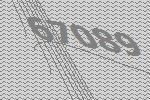
67089